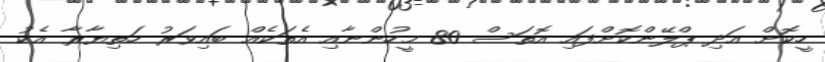
ހީކޮށް އަދި ޕްލޭންކޮށްފައި އޮތަސް 80 މީހުންނާއި އެތަކެއް ބައިވަރު ހަތިޔާރާ އެކު